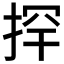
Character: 𱠄